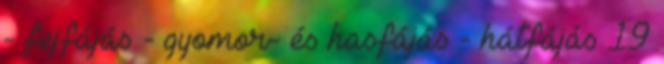
- fejfájás - gyomor- és hasfájás - hátfájás 19